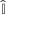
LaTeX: \hat { \mathbb { I } }